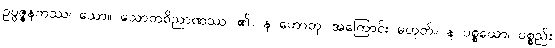
ဥပ္ပဇ္ဇနကဿ၊ သော။ သောတဝိညာဏဿ၊ ၏။ န ဟောတု၊ အကြောင်း မဟုတ်။ န ပစ္စယော၊ ပစ္စည်း